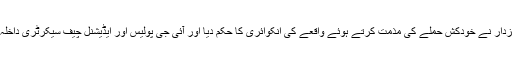
وزیراعلیٰ پنجاب عثمان بزدار نے خودکش حملے کی مذمت کرتے ہوئے واقعے کی انکوائری کا حکم دیا اور آئی جی پولیس اور ایڈیشنل چیف سیکرٹری داخلہ سے رپورٹ طلب کرلی۔